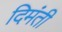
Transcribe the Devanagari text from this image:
दिमंती